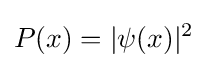
P(x)=|\psi (x)|^{2}